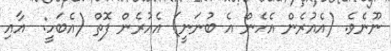
ނޫނެވެ. (އެއުރެން އެހެން އެ ބުނަނީ) އެއުރެން ފޮތް (އެބަހީ:  އާއި